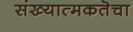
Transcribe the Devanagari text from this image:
संख्यात्मकतॆचा